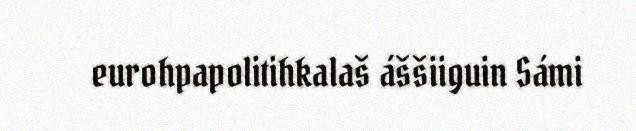
eurohpapolitihkalaš áššiiguin Sámi